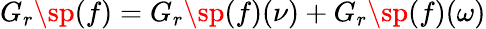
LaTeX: G_{r}\sp{(f)}=G_{r}\sp{(f)}(\nu)+G_{r}\sp{(f)}(\omega)